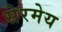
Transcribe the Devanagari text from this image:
सेरमेय